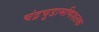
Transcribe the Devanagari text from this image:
चंद्रचूडामणिशतक